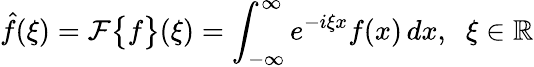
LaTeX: \hat{f}(\xi)=\mathcal{F}\big\{ f\big\} (\xi)=\int_{-\infty}^{\infty}e^{-i\xi x}f(x)\, dx,\; \; \xi\in\mathbb{R}